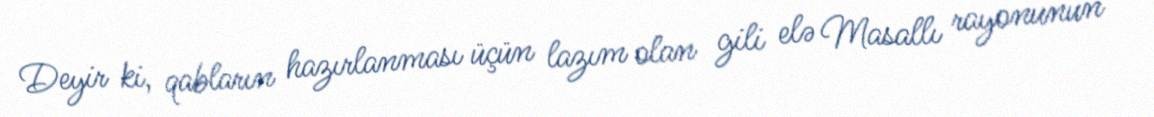
Deyir ki, qabların hazırlanması üçün lazım olan gili elə Masallı rayonunun